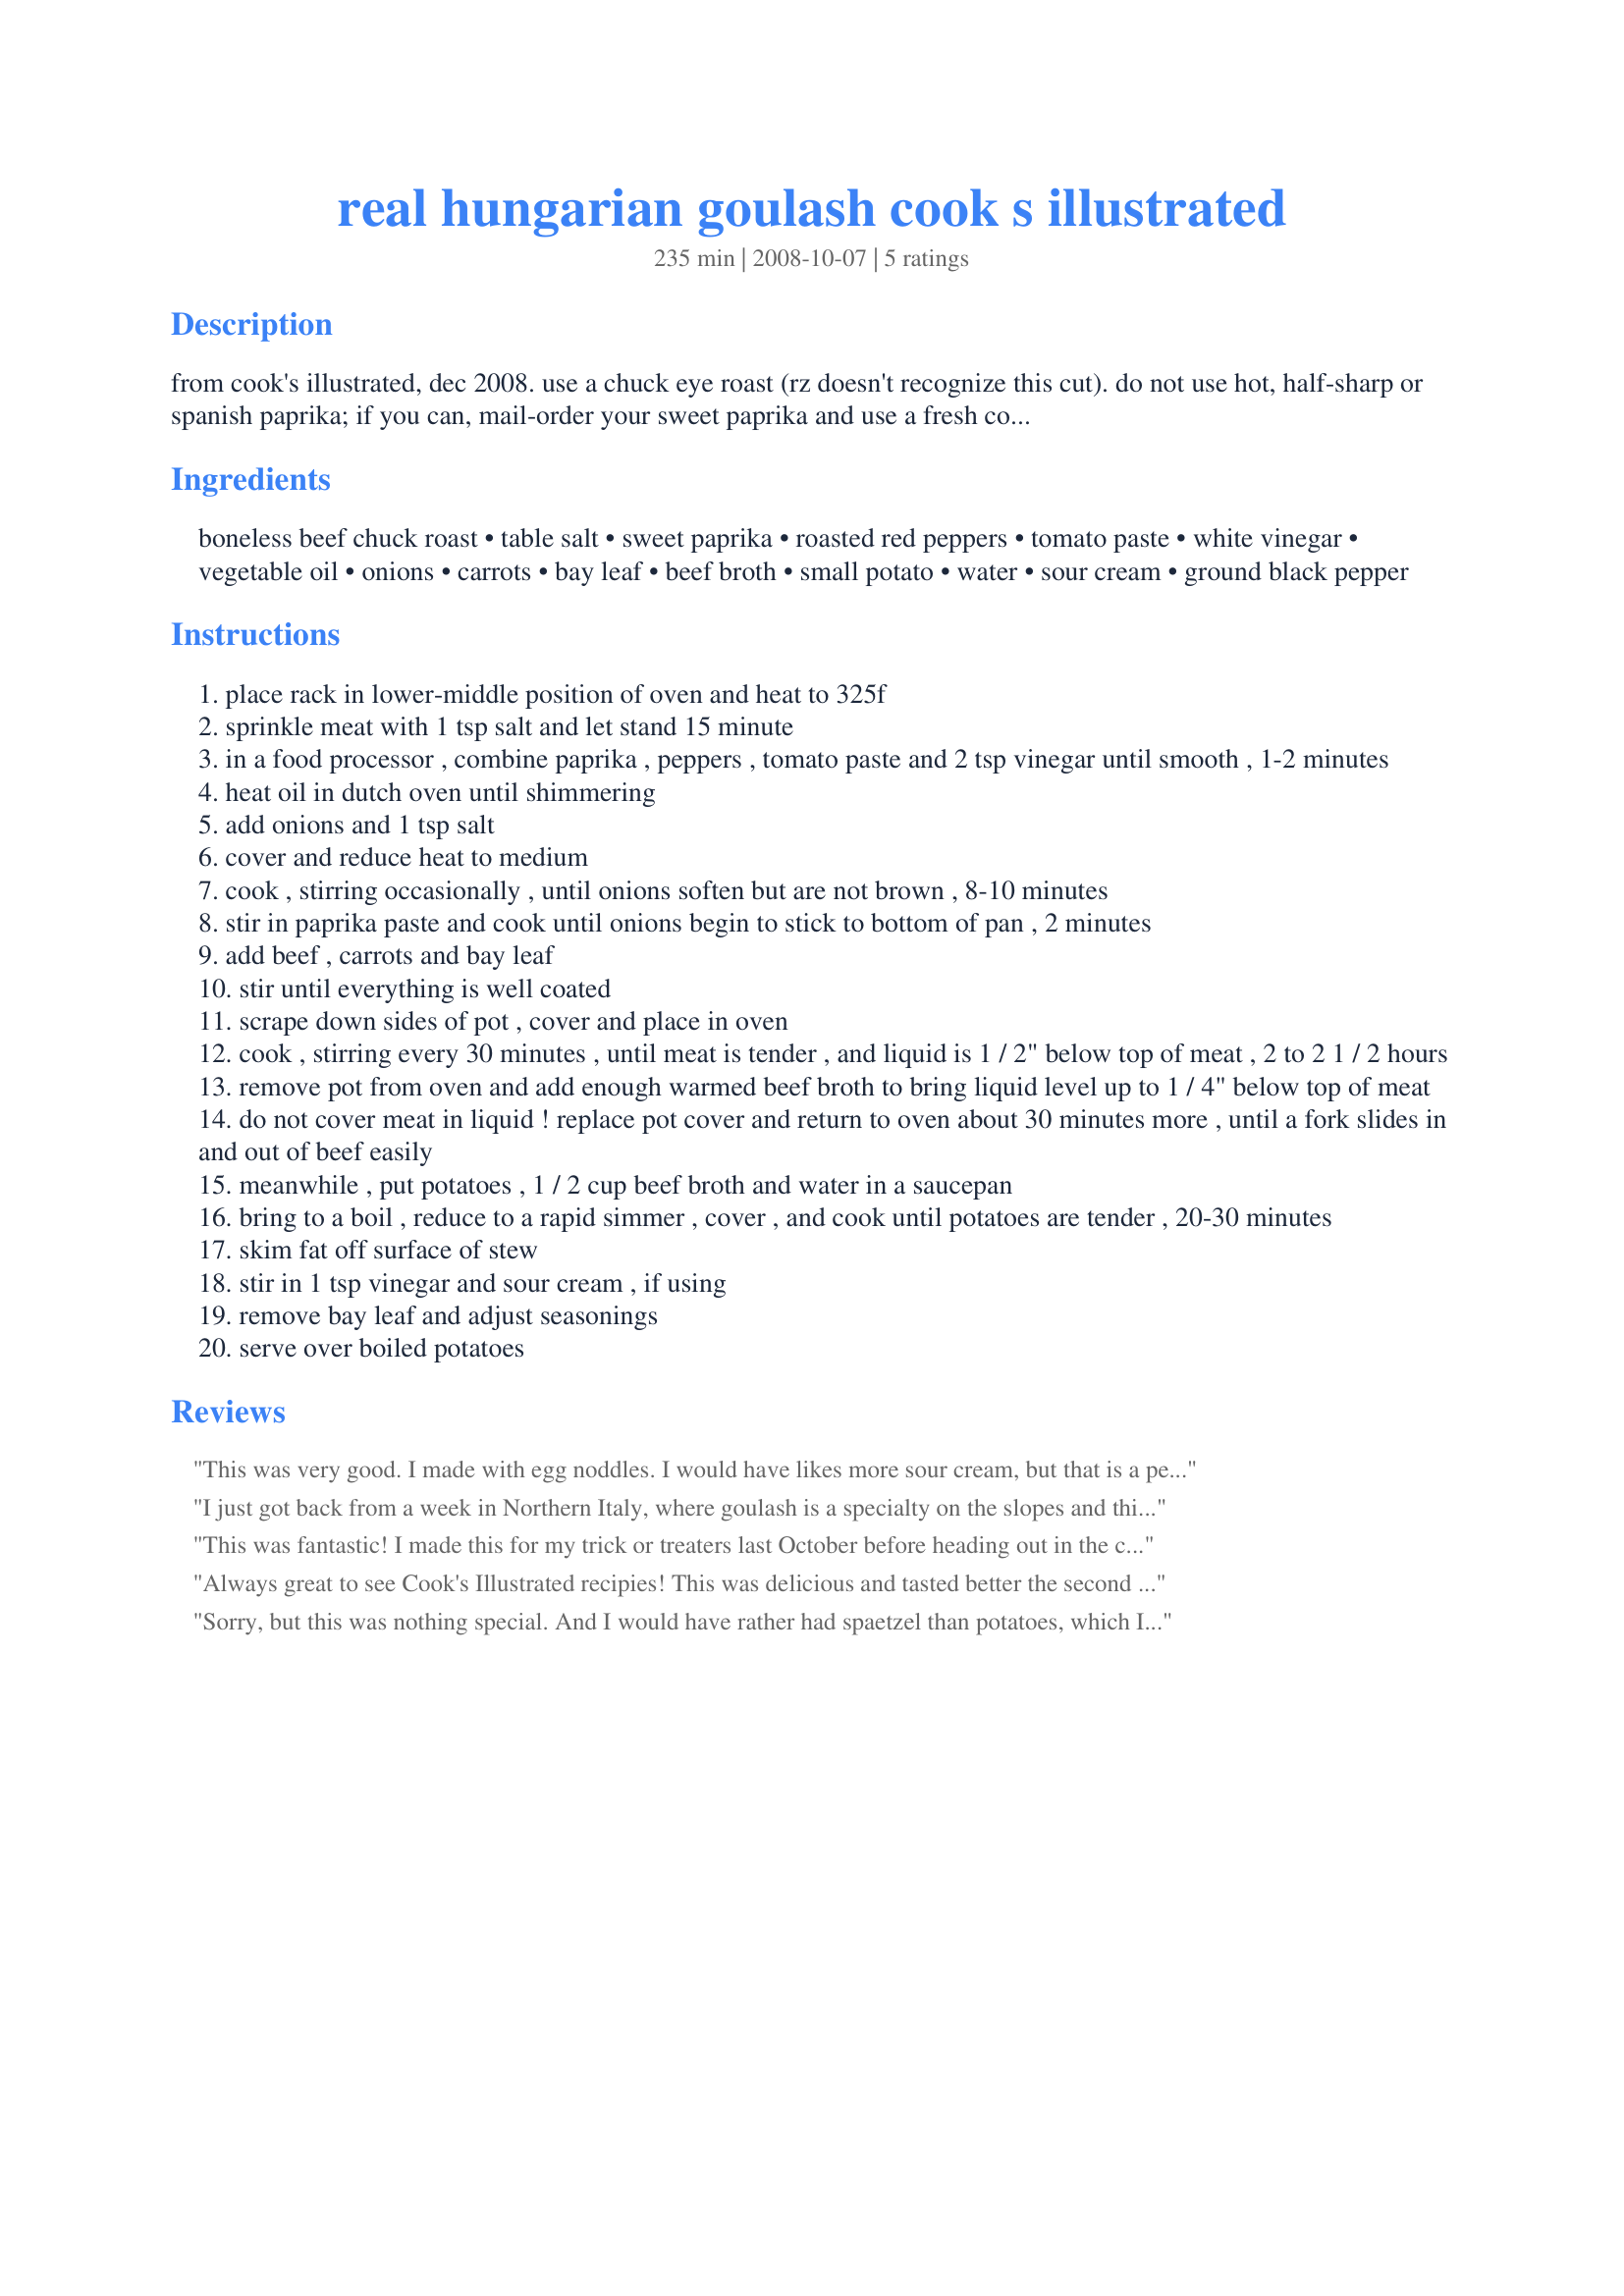
real hungarian goulash cook s illustrated
Preparation time: 235 minutes

from cook's illustrated, dec 2008. use a chuck eye roast (rz doesn't recognize this cut). do not use hot, half-sharp or spanish paprika; if you can, mail-order your sweet paprika and use a fresh container. cook's illustrated prefers the spice house. the stew can be prepared up to 2 days ahead; do not add the optional sour cream until after reheating. remove the hardened fat and add water to thin it. (i like to add about 1/2 lb of button mushrooms, quartered, with the carrots and beef, but that wasn't in the original ci recipe.)

Ingredients:
boneless beef chuck roast, table salt, sweet paprika, roasted red peppers, tomato paste, white vinegar, vegetable oil, onions, carrots, bay leaf, beef broth, small potato, water, sour cream, ground black pepper

Steps:
place rack in lower-middle position of oven and heat to 325f
sprinkle meat with 1 tsp salt and let stand 15 minute
in a food processor , combine paprika , peppers , tomato paste and 2 tsp vinegar until smooth , 1-2 minutes
heat oil in dutch oven until shimmering
add onions and 1 tsp salt
cover and reduce heat to medium
cook , stirring occasionally , until onions soften but are not brown , 8-10 minutes
stir in paprika paste and cook until onions begin to stick to bottom of pan , 2 minutes
add beef , carrots and bay leaf
stir until everything is well coated
scrape down sides of pot , cover and place in oven
cook , stirring every 30 minutes , until meat is tender , and liquid is 1 / 2" below top of meat , 2 to 2 1 / 2 hours
remove pot from oven and add enough warmed beef broth to bring liquid level up to 1 / 4" below top of meat
do not cover meat in liquid ! replace pot cover and return to oven about 30 minutes more , until a fork slides in and out of beef easily
meanwhile , put potatoes , 1 / 2 cup beef broth and water in a saucepan
bring to a boil , reduce to a rapid simmer , cover , and cook until potatoes are tender , 20-30 minutes
skim fat off surface of stew
stir in 1 tsp vinegar and sour cream , if using
remove bay leaf and adjust seasonings
serve over boiled potatoes

Reviews:
This was very good. I made with egg noddles. I would have likes more sour cream, but that is a personal taste.
I just got back from a week in Northern Italy, where goulash is a specialty on the slopes and this recipe isvery close to what I ate on the slopes! My kids loved it and my husband, who has a discerning palate, thought it was delish! I used stew beef and cider vinegar.
This was fantastic! I made this for my trick or treaters last October before heading out in the cold. They all gobbled it up, which means a lot since they were all waiting to stuff themselves with candy. I followed the recipe exactly as written. Thank you for the great recipe!
Always great to see Cook's Illustrated recipies! This was delicious and tasted better the second day. Thanks for posting!
Sorry, but this was nothing special. And I would have rather had spaetzel than potatoes, which I'll try if I ever make this again.
